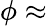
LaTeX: \phi\approx